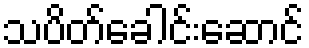
သပိတ်ခေါင်းဆောင်